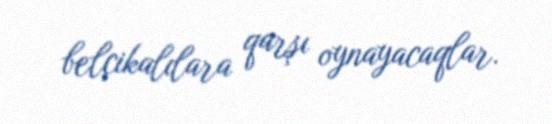
belçikalılara qarşı oynayacaqlar.